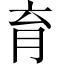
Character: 育